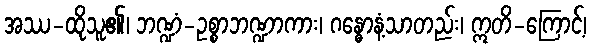
အဿ-ထိုသူ၏၊ ဘဏ္ဍံ-ဥစ္စာဘဏ္ဍာကား၊ ဂန္ဓောနံ့သာတည်း၊ ဣတိ-ကြောင့်၊